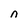
Character: n